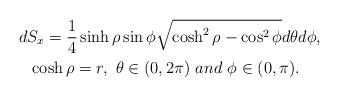
LaTeX: \begin{align*}&dS_{x}=\frac{1}{4}\sinh\rho\sin\phi\sqrt{\cosh^{2}\rho -\cos^{2}\phi} d\theta d\phi, \\& \ \ \cosh\rho=r, \ \theta\in(0,2\pi) \ and \ \phi\in(0,\pi).\end{align*}